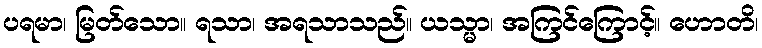
ပရမာ၊ မြတ်သော။ ရသာ၊ အရသာသည်။ ယသ္မာ၊ အကြင်ကြောင့်။ ဟောတိ၊